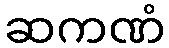
ဆကဏံ